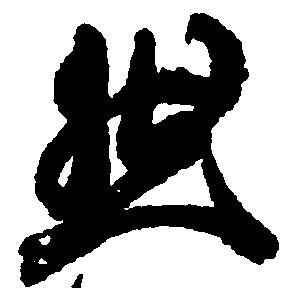
然